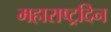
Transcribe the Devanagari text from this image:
महाराष्ट्रदिन